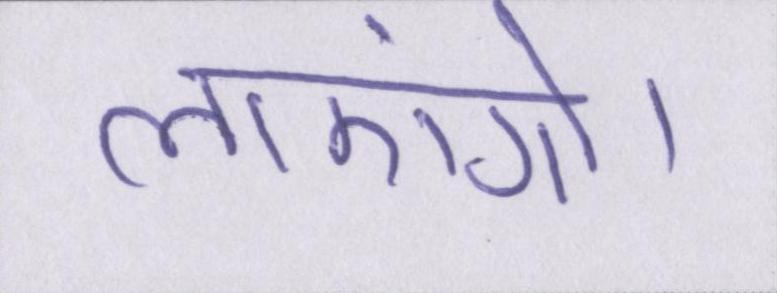
लाएंगे।